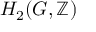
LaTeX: H _ { 2 } ( G , \mathbb { Z } )